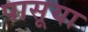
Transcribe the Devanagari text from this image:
पासूया